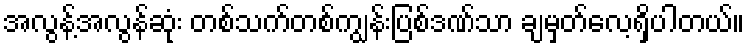
အလွန့်အလွန်ဆုံး တစ်သက်တစ်ကျွန်းပြစ်ဒဏ်သာ ချမှတ်လေ့ရှိပါတယ်။